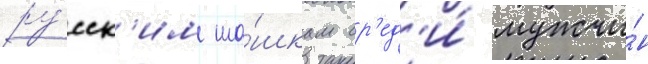
ру́сск'им ша́шкам ср'ед'и́ мужчи́н